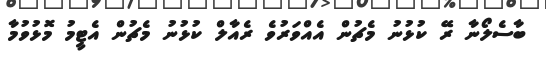
ބާސެލޯނާ ރޭ ކުޅުނު މެޗުން އެއްވަރުވެ ރެއާލް ކުޅުނު މެޗުން އެޓީމު މޮޅުވުމާ